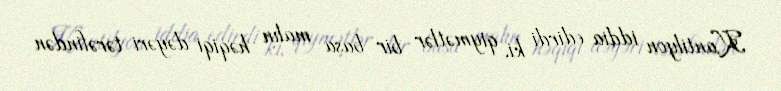
Kantilyon iddia edirdi ki, qiymətlər bir başa malın həqiqi dəyəri tərəfindən